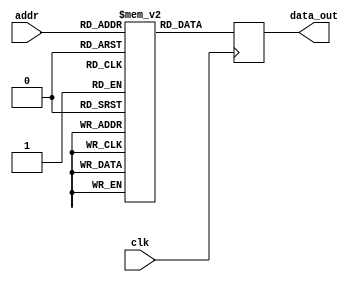
module ParameterizedROM #(
    parameter DATA_WIDTH = 8,   // Number of bits in each data word
    parameter ADDR_WIDTH = 4     // Number of bits for addressing
) (
    input wire [ADDR_WIDTH-1:0] addr,   // Address input
    input wire clk,                     // Clock signal
    output reg [DATA_WIDTH-1:0] data_out // Data output
);

    // Memory initialization (example values)
    reg [DATA_WIDTH-1:0] rom [(2**ADDR_WIDTH)-1:0];

    initial begin
        // Initialize the ROM with predefined values
        // You can customize these values as needed
        rom[0] = 8'h00; // Address 0
        rom[1] = 8'h01; // Address 1
        rom[2] = 8'h02; // Address 2
        rom[3] = 8'h03; // Address 3
        rom[4] = 8'h04; // Address 4
        rom[5] = 8'h05; // Address 5
        rom[6] = 8'h06; // Address 6
        rom[7] = 8'h07; // Address 7
        // Add more initializations as needed for larger ROM sizes
    end

    // Synchronous read operation
    always @(posedge clk) begin
        data_out <= rom[addr]; // Read data from ROM at the specified address
    end

endmodule